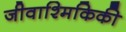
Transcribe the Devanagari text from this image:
जीवाश्मिकिकी